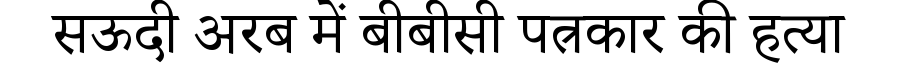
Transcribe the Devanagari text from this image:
सऊदी अरब में बीबीसी पत्रकार की हत्या